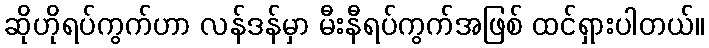
ဆိုဟိုရပ်ကွက်ဟာ လန်ဒန်မှာ မီးနီရပ်ကွက်အဖြစ် ထင်ရှားပါတယ်။